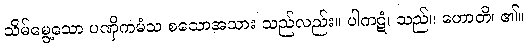
သိမ်မွေ့သော ပဏှိကမံသ စသောအသား သည်လည်း။ ပါကဋံ၊ သည်။ ဟောတိ၊ ၏။